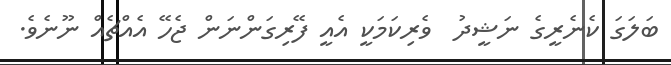
ބަލަގަ ކެނެރީގެ ނަޝީދު  ވެރިކަމަކީ އެއީ ފޭރިގަންނަން ޖެހޭ އެއްޗެއް ނޫނެވެ.